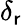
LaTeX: \delta_{\mathsf{r}}